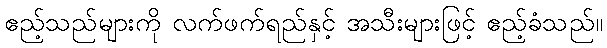
ဧည့်သည်များကို လက်ဖက်ရည်နှင့် အသီးများဖြင့် ဧည့်ခံသည်။